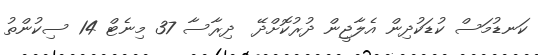
ކަނޑުމަސް ކުޑަކުދިން އެލާޖީން ދުރުކޮށްދޭ  ދިރާސާ 37 މިނެޓް 14 ސިކުންތު